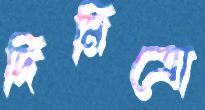
দিমিত্রো